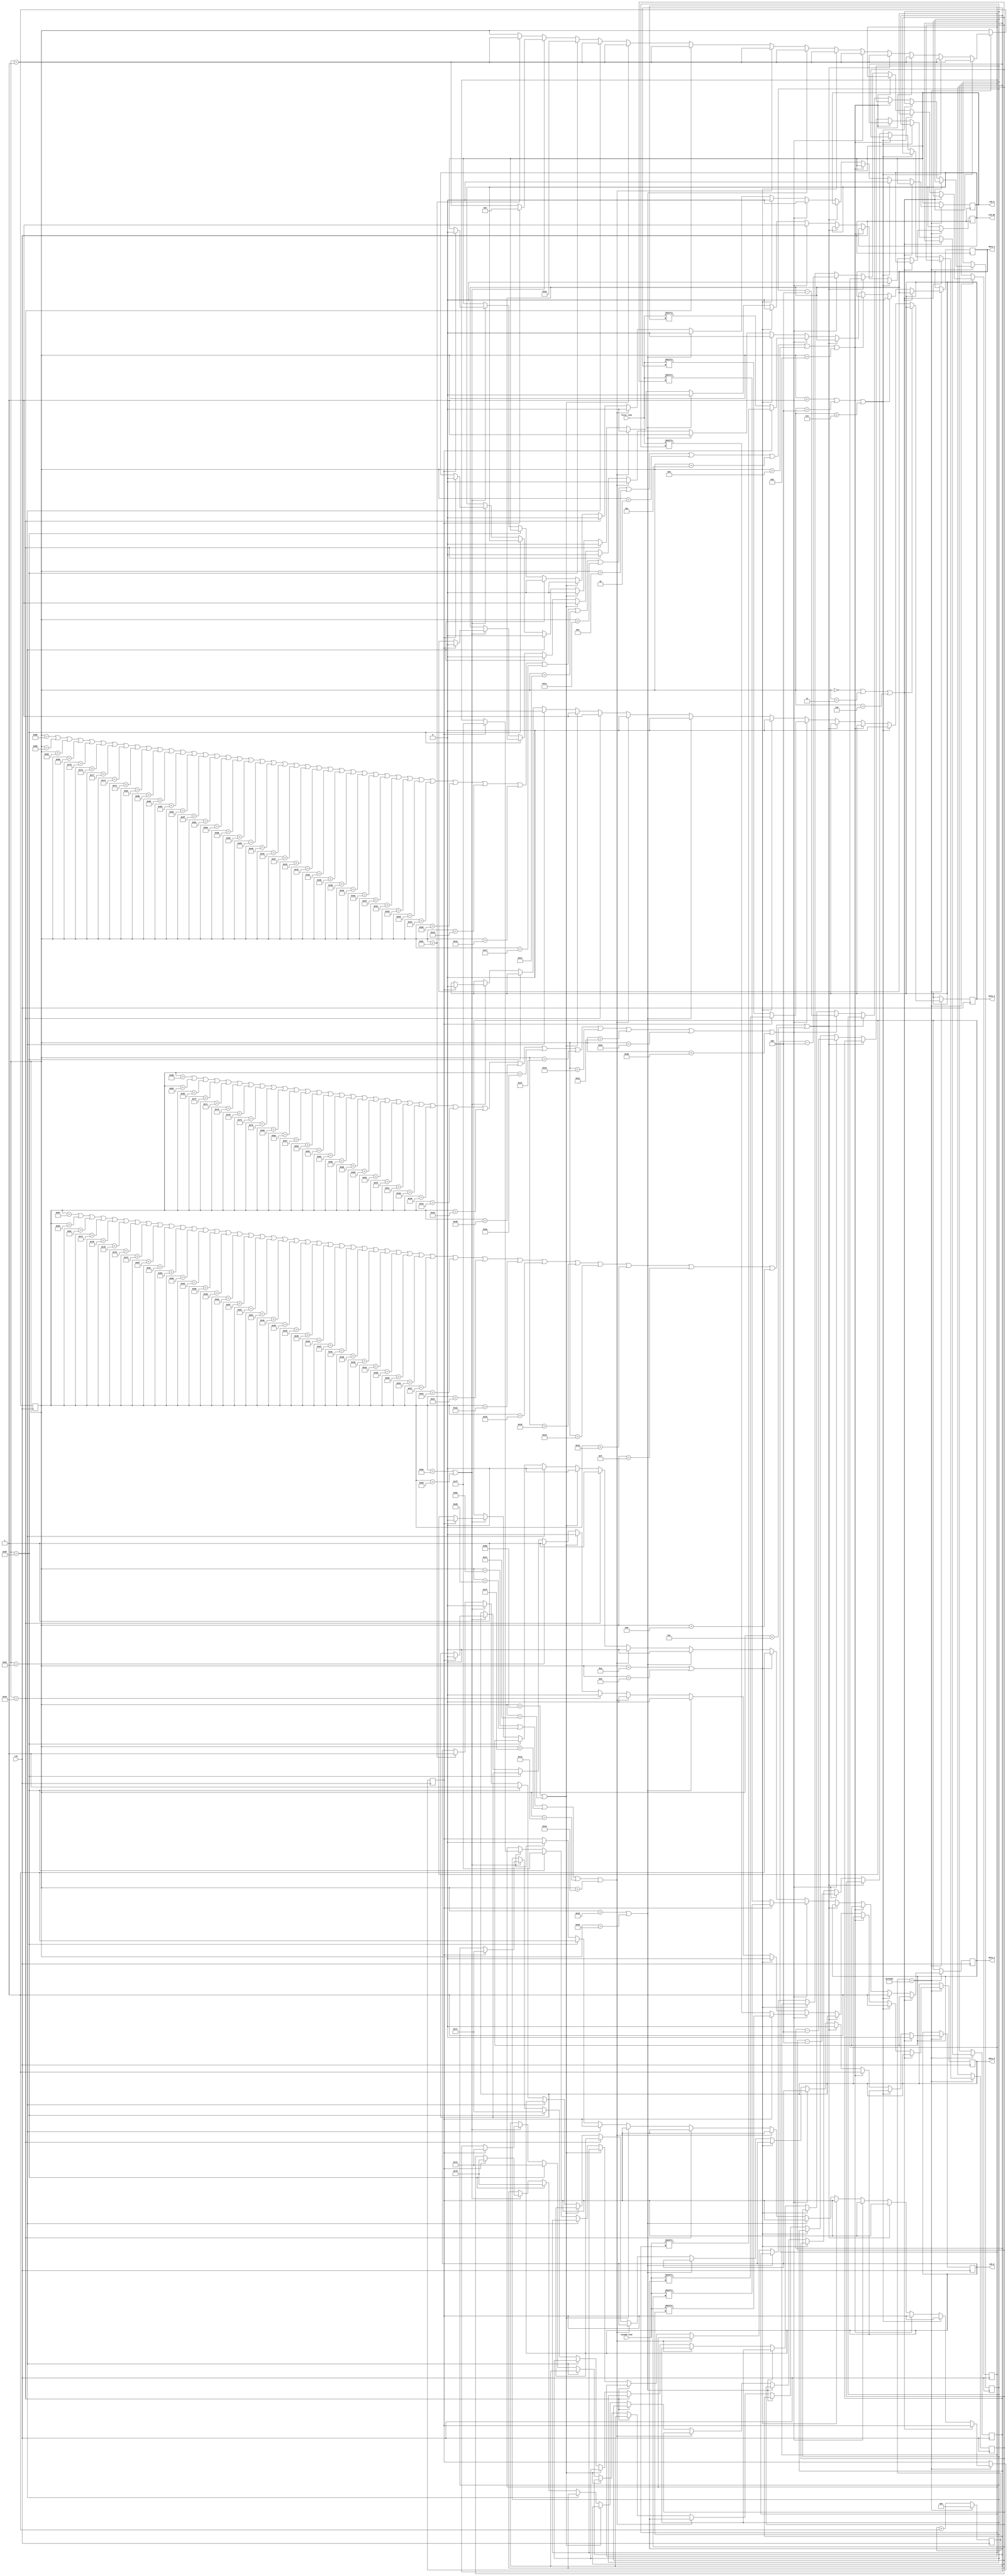
`timescale 1ns / 1ps	 
`define TIMER 1000000
//////////////////////////////////////////////////////////////////////////////////
// Company: 
// Engineer: 
// 
// Design Name: 
// Module Name:    LCD_driver 
// Project Name: 
// Target Devices: 
// Tool versions: 
// Description: 
//
// Dependencies: 
//
// Revision: 
// Revision 0.01 - File Created
// Additional Comments: 
//
//////////////////////////////////////////////////////////////////////////////////
module LCD_driver(first_line,second_line,clk,LCD_RS,LCD_W,LCD_E,data_3,data_2,data_1,data_0 );
	 //Inputs
	 input [127:0]first_line;
	 input [127:0]second_line;
	 input clk;

	 //Outputs
	 output LCD_RS, LCD_W, LCD_E, data_3, data_2, data_1, data_0;
	 reg LCD_RS, LCD_W, LCD_E, data_3, data_2, data_1, data_0;

	 //Internal Variables
	 reg [32:0] counter;
	 reg [30:0] state_1;
	 reg [10:0] index_1;
	 reg [10:0] index_2;
	 reg [10:0] index_3;
	 reg [10:0] index_4;
	 reg state_2;

	 //Initial Block
	 initial begin
		counter=0;
		state_1=0;
		state_2=0;
		index_1=127;
		index_2=126;
		index_3=125;
		index_4=124;
		LCD_RS=0;
		LCD_W=0;
		LCD_E=0;
		data_3=0;
		data_2=0;
		data_1=0;
		data_0=0;
	end
	
	 always@(posedge clk)
	 begin
	 if((counter==`TIMER))
	 begin
		 if((state_1==0 || state_1==3 || state_1==6))	begin
				LCD_E<=0;
				state_1<=state_1+1;
		 end
		 else if((state_1==1 || state_1==4 || state_1==7))	begin
				LCD_RS<=0;
				LCD_W<=0;
				data_3<=0;
				data_2<=0;
				data_1<=1;
				data_0<=1;
				state_1<=state_1+1;
		 end
		 else if((state_1==137 || state_1==134 || state_1==131 || state_1==128 || state_1==125 || state_1==122 || state_1==119 || state_1==116 || state_1==113 || state_1==110 || state_1==107 || state_1==104 || state_1==101 || state_1==98 || state_1==95 || state_1==92 || state_1==89 || state_1==86 || state_1==83 || state_1==80 || state_1==77 || state_1==74 || state_1==71 || state_1==68 || state_1==65 || state_1==62 || state_1==59 || state_1==56 || state_1==53 || state_1==50 || state_1==47 || state_1==44 || state_1==41 || state_1==38 || state_1==35 || state_1==32 || state_1==29 || state_1==26 || state_1==23 || state_1==20 || state_1==17 || state_1==14 || state_1==2 || state_1==5 || state_1==8 || state_1==11))	begin
				LCD_E<=1;
				state_1<=state_1+1;
		 end
		 else if((state_1==135 || state_1==132 || state_1==129 || state_1==126 || state_1==123 || state_1==120 || state_1==117 || state_1==114 || state_1==111 || state_1==108 || state_1==105 || state_1==102 || state_1==99 || state_1==96 || state_1==93 || state_1==90 || state_1==87 || state_1==84 || state_1==81 || state_1==78 || state_1==75 || state_1==72 || state_1==69 || state_1==66 || state_1==63 || state_1==60 || state_1==57 || state_1==54 || state_1==51 || state_1==48 || state_1==45 || state_1==42 || state_1==39 || state_1==36 || state_1==33 || state_1==30 || state_1==27 || state_1==24 || state_1==21 || state_1==18 || state_1==15 || state_1==9 || state_1==12))	begin
				LCD_E<=0;
				state_1<=state_1+1;
		 end
		 else if((state_1==136 || state_1==133 || state_1==130 || state_1==127 || state_1==124 || state_1==121 || state_1==118 || state_1==115 || state_1==112 || state_1==109 || state_1==106 || state_1==103 || state_1==100 || state_1==97 || state_1==94 || state_1==91 || state_1==88 || state_1==85 || state_1==82 || state_1==79 || state_1==76 || state_1==73 || state_1==70 || state_1==67 || state_1==64 || state_1==61 || state_1==58 || state_1==55 || state_1==52 || state_1==49 || state_1==46 || state_1==43))	begin
				LCD_RS<=1;
				LCD_W<=0;
				if(state_2==0)
				begin
				data_3<=first_line[index_1];
				data_2<=first_line[index_2];
				data_1<=first_line[index_3];
				data_0<=first_line[index_4];
				end
				if(state_2==1)
				begin
				data_3<=second_line[index_1];
				data_2<=second_line[index_2];
				data_1<=second_line[index_3];
				data_0<=second_line[index_4];
				end
				index_1<=index_1-4;
				index_2<=index_2-4;
				index_3<=index_3-4;
				index_4<=index_4-4;
				state_1<=state_1+1;
		 end
		 else if((state_1==10 || state_1==13))	begin
				LCD_RS<=0;
				LCD_W<=0;
				data_3<=0;
				data_2<=0;
				data_1<=1;
				data_0<=0;
				state_1<=state_1+1;
		 end
		 else if((state_1==16 || state_1==37))	begin
				LCD_RS<=0;
				LCD_W<=0;
				data_3<=1;
				data_2<=0;
				data_1<=0;
				data_0<=0;
				state_1<=state_1+1;
		 end
		 else if((state_1==142 || state_1==40 || state_1==31 || state_1==19 || state_1==25))	begin
				LCD_RS<=0;
				LCD_W<=0;
				data_3<=0;
				data_2<=0;
				data_1<=0;
				data_0<=0;
				state_1<=state_1+1;
		 end
		 else if((state_1==22))	begin
				LCD_RS<=0;
				LCD_W<=0;
				data_3<=0;
				data_2<=1;
				data_1<=1;
				data_0<=0;
				state_1<=state_1+1;
		 end
		 else if((state_1==139 || state_1==28))	begin
				LCD_RS<=0;
				LCD_W<=0;
				data_3<=1;
				data_2<=1;
				data_1<=0;
				data_0<=0;
				state_1<=state_1+1;
		 end
		 else if((state_1==34))	begin
				LCD_RS<=0;
				LCD_W<=0;
				data_3<=0;
				data_2<=0;
				data_1<=0;
				data_0<=1;
				state_1<=state_1+1;
		 end
		 else if((state_1==143))	begin
			LCD_E<=1;
			
			state_2<=1;
			
			index_1<=127;
			index_2<=126;
			index_3<=125;
			index_4<=124;
			state_1<=42;
		 end
		 else if((state_1==138 || state_1==141))	begin
				LCD_E<=0;
				if(state_2==1)	begin
				counter<=0;
		state_1<=0;
		state_2<=0;
		index_1<=127;
		index_2<=126;
		index_3<=125;
		index_4<=124;
		LCD_RS<=0;
		LCD_W<=0;
		LCD_E<=0;
		data_3<=0;
		data_2<=0;
		data_1<=0;
		data_0<=0;
				end
				else	begin
				state_1<=state_1+1;
				end
		 end
		 else if((state_1==140))	begin
				LCD_E<=1;
				state_1<=state_1+1;
		 end
		 
			counter<=0;
	 end
	 else 
			counter<=counter+1;
	 end
	 
endmodule